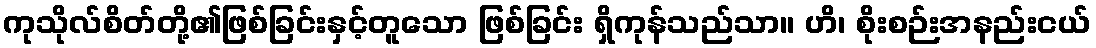
ကုသိုလ်စိတ်တို့၏ဖြစ်ခြင်းနှင့်တူသော ဖြစ်ခြင်း ရှိကုန်သည်သာ။ ဟိ၊ စိုးစဉ်းအနည်းငယ်